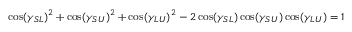
\cos ( \gamma _ { S L } ) ^ { 2 } + \cos ( \gamma _ { S U } ) ^ { 2 } + \cos ( \gamma _ { L U } ) ^ { 2 } - 2 \cos ( \gamma _ { S L } ) \cos ( \gamma _ { S U } ) \cos ( \gamma _ { L U } ) = 1